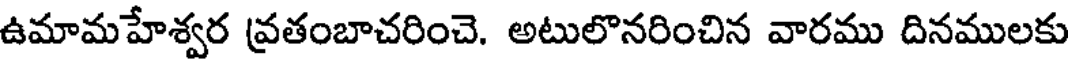
ఉమామహేశ్వర వ్రతంబాచరించె. అటులొనరించిన వారము దినములకు